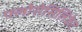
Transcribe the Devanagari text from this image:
फ्लोरोसिलिकेट